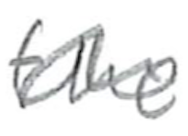
Text: the
Cross-out: mix
Writing tool: pencil